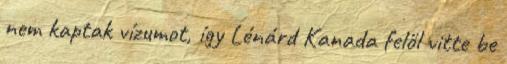
nem kaptak vízumot, így Lénárd Kanada felől vitte be